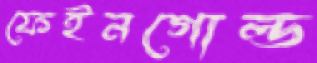
ফেইনগোল্ড